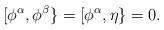
LaTeX: \begin{align*}[\phi^\alpha ,\phi^\beta \}=[\phi^\alpha ,\eta\}=0.\end{align*}